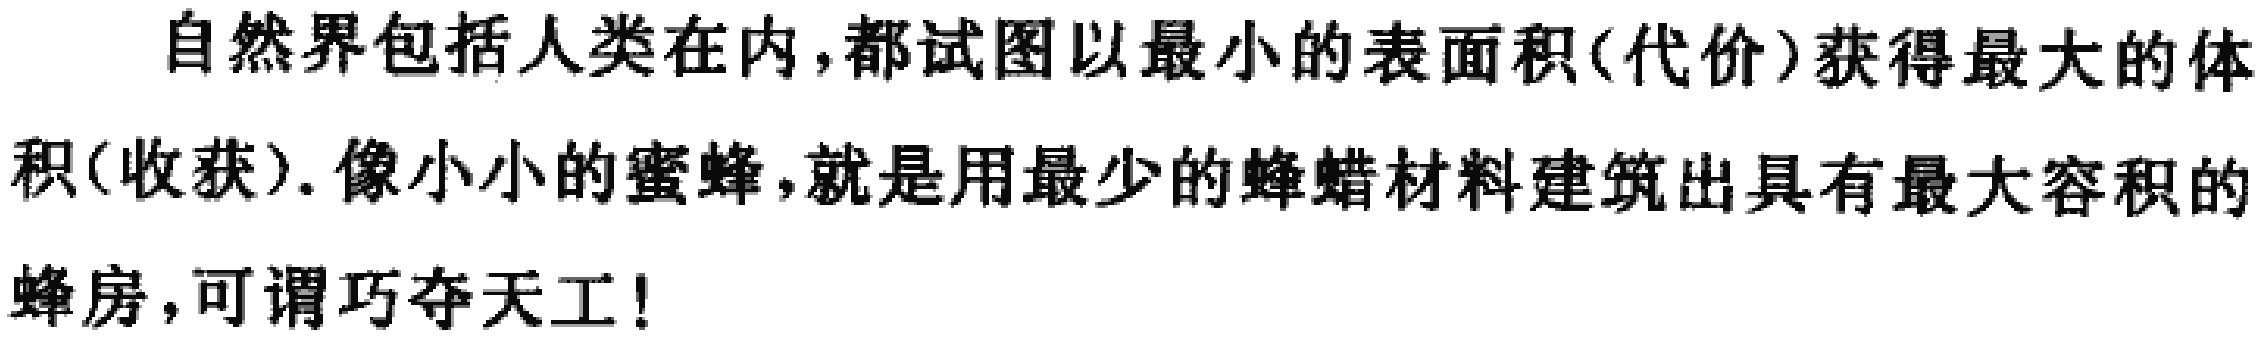
自然界包括人类在内，都试图以最小的表面积(代价)获得最大的体积(收获). 像小小的蜜蜂，就是用最少的蜂蜡材料建筑出具有最大容积的蜂房，可谓巧夺天工！